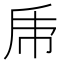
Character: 𠂰